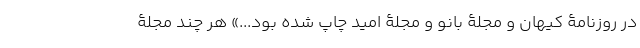
در روزنامۀ کیهان و مجلۀ بانو و مجلۀ امید چاپ شده بود...» هر چند مجلۀ